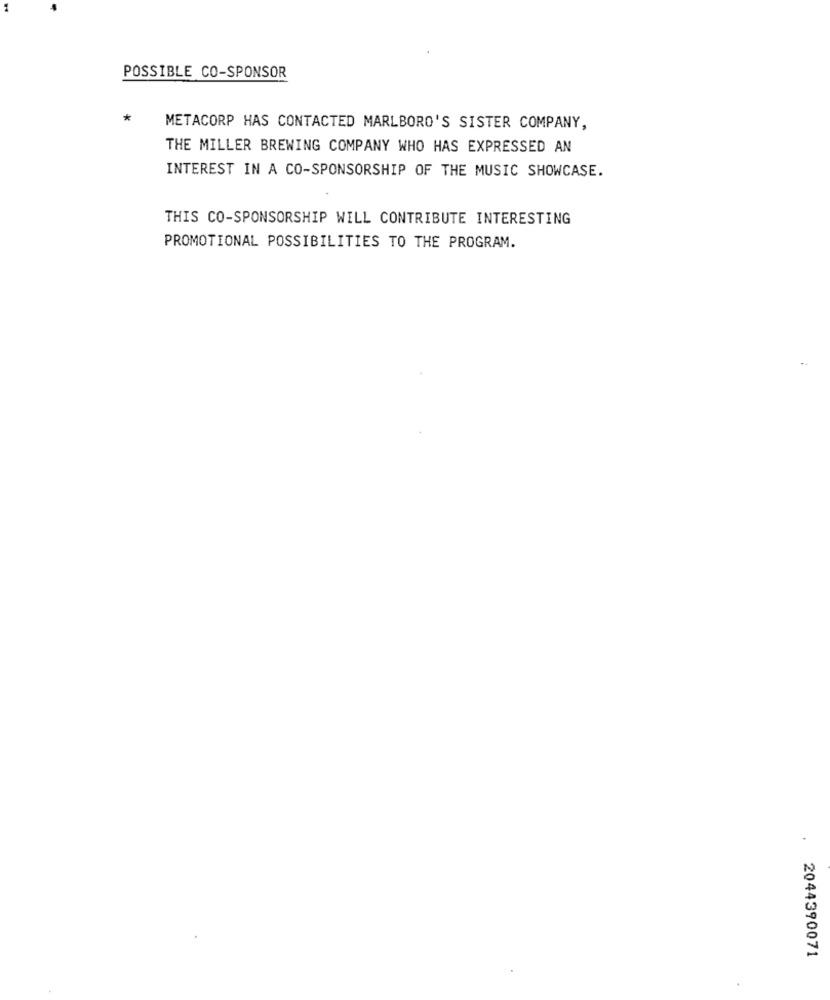
POSSIBLE CO-SPONSOR
*
METACORP HAS CONTACTED MARLBORO'S SISTER COMPANY,
THE MILLER BREWING COMPANY WHO HAS EXPRESSED AN
INTEREST IN A CO-SPONSORSHIP OF THE MUSIC SHOWCASE.
THIS CO-SPONSORSHIP WILL CONTRIBUTE INTERESTING
PROMOTIONAL POSSIBILITIES TO THE PROGRAM.
.
2044390071